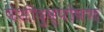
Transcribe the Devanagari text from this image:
पेशीदुष्पोषण